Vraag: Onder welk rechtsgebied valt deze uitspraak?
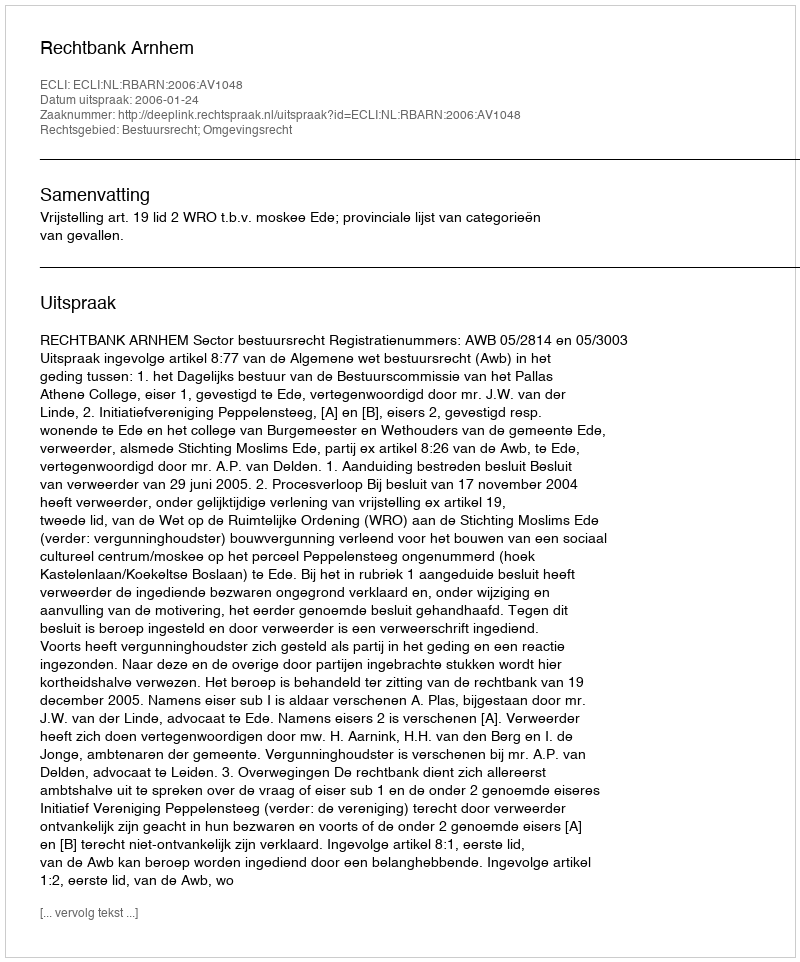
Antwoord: Bestuursrecht; Omgevingsrecht